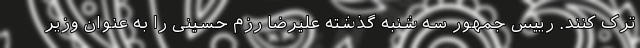
ترک کنند. رییس جمهور سه شنبه گذشته علیرضا رزم حسینی را به عنوان وزیر